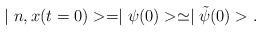
LaTeX: \begin{align*}\mid n,x(t=0)> = \mid \psi (0)> \simeq \mid \tilde{\psi}(0)>.\end{align*}